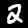
Label: 2